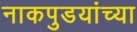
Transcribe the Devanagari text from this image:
नाकपुडयांच्या